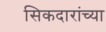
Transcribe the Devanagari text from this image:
सिकदारांच्या